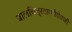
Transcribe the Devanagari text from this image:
बालचित्रवाणीऐवजी